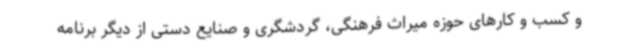
و کسب و کارهای حوزه میراث فرهنگی، گردشگری و صنایع دستی از دیگر برنامه